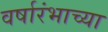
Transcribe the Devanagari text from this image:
वर्षारंभाच्या